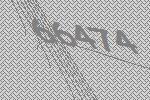
66474